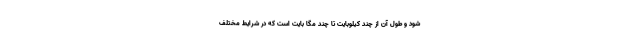
شود و طول آن از چند کیلوبایت تا چند مگا بایت است که در شرایط مختلف